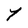
Character: Y